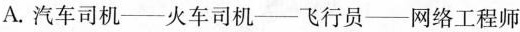
A.汽车司机——火车司机——飞行员——网络工程师